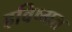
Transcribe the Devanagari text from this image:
हविष्मत